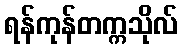
ရန်ကုန်တက္ကသိုလ်